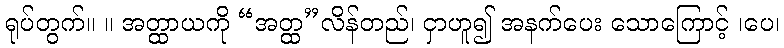
ရုပ်တွက်။ ။ အတ္ထာယကို “အတ္ထ”လိန်တည်၊ ငှာဟူ၍ အနက်ပေး သောကြောင့် ၊ပေ၊